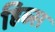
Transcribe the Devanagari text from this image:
हिब्स